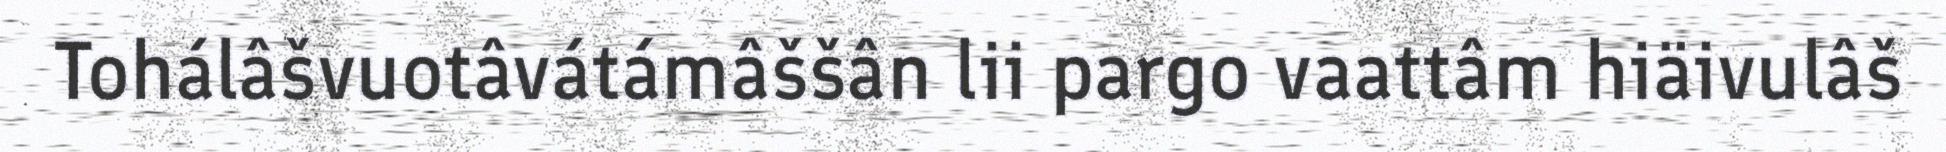
Tohálâšvuotâvátámâššân lii pargo vaattâm hiäivulâš